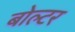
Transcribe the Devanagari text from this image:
बोल्टर